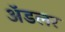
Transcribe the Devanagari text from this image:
अॅडलर